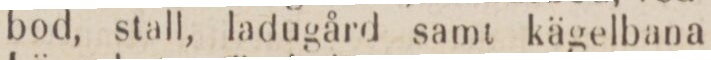
bod, stall, ladugård samt kägelbana